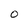
Character: O